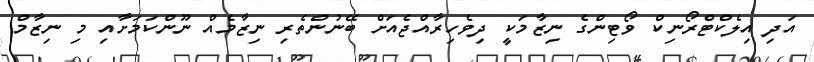
އަދި އިލެކްޓްރޯނިކް ވޯޓިންގެ ނިޒާމަކީ ދިވެހިރާއްޖެއަށް ބޭނުންތެރި ނިޒާމެއް ނޫންކަމަށާއި މި ނިޒާމް